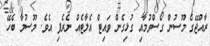
ރާއްޖޭގެ މޫސުން ގޯސްވުމާއި ގުޅިގެން ވައިޓް އެލާޓެއް ނެރެފި އެވެ. މޫސުމާ ބެހޭ